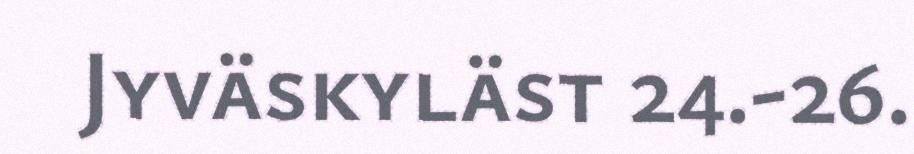
Jyväskyläst 24.-26.